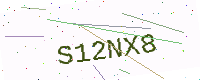
Text: S12NX8